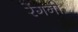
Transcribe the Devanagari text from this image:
रेंगनी